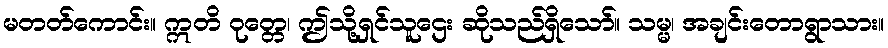
မတတ်ကောင်း။ ဣတိ ဝုတ္တေ၊ ဤသို့ရှင်သူဌေး ဆိုသည်ရှိသော်။ သမ္မ၊ အချင်းတောရွာသား။